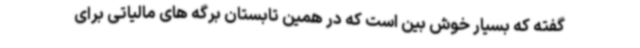
گفته که بسیار خوش بین است که در همین تابستان برگه های مالیاتی برای